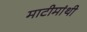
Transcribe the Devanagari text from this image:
माटीमांथी